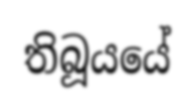
තිබූයයේ